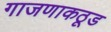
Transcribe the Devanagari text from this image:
गाजणाकठूड